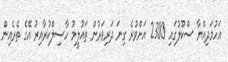
އަހުމަދިއްޔާ ސްކޫލުގައި 2300 އަށްވުރެ ގިނަ ދަރިވަރުން ތައުލީމު ހާސިލްކުރާއިރު އޭގެ ތެރެއިން